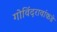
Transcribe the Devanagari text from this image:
गोविंदरावांकडे